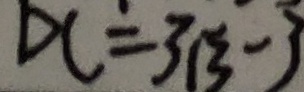
D C = 3 \sqrt { 3 } - 3